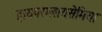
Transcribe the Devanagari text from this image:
हायपरग्लायसेमिया